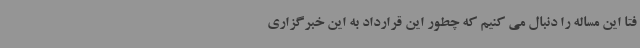
فتا این مساله را دنبال می کنیم که چطور این قرارداد به این خبرگزاری